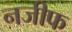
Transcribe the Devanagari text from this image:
नजीफ